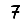
Digit: 7